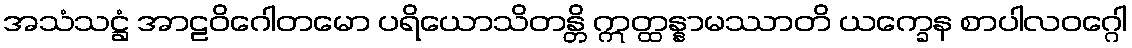
အသံသဋ္ဌံ အာဠဝိဂေါတမော ပရိယောသိတန္တိ ဣတ္ထန္နာမဿာတိ ယက္ခေန စာပါလဝဂ္ဂေါ